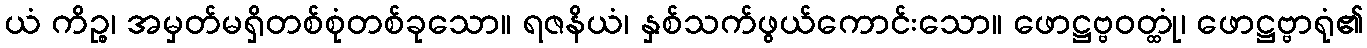
ယံ ကိဉ္စ၊ အမှတ်မရှိတစ်စုံတစ်ခုသော။ ရဇနိယံ၊ နှစ်သက်ဖွယ်ကောင်းသော။ ဖောဋ္ဌဗ္ဗဝတ္ထုံ၊ ဖောဋ္ဌဗ္ဗာရုံ၏